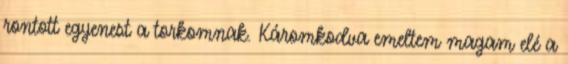
rontott egyenest a torkomnak. Káromkodva emeltem magam elé a